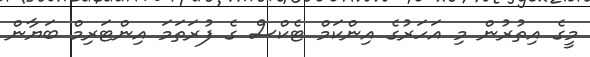
މީގެ އިތުރުން މި އަހަރުގެ އިންކަމް ޓެކްސް ގެ ފުރަތަމަ އިންޓަރިމް ބަޔާން